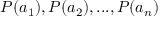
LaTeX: P ( a _ { 1 } ) , P ( a _ { 2 } ) , . . . , P ( a _ { n } )